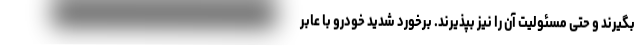
بگیرند و حتی مسئولیت آن را نیز بپذیرند. برخورد شدید خودرو با عابر